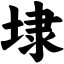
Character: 埭